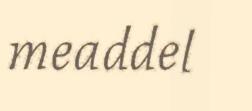
meaddel